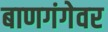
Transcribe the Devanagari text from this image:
बाणगंगेवर